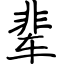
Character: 辈